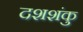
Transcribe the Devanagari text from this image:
दशशंकु